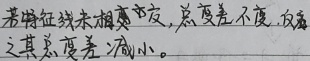
若特征线未相交/交叉，总变差不变，反之其总变差减小。